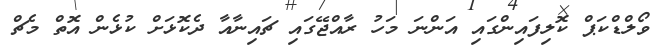
ވޯލްޑްކަޕް ކޮލިފައިންގައި އަންނަ މަހު ރާއްޖޭގައި ޗައިނާއާ ދެކޮޅަށް ކުޅެން އޮތް މެޗް